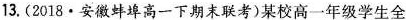
13.(2018·安徽蚌埠高一下期末联考)某校高一年级学生全